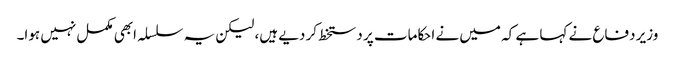
وزیر دفاع نے کہا ہے کہ میں نے احکامات پر دستخط کر دیے ہیں، لیکن یہ سلسلہ ابھی مکمل نہیں ہوا۔